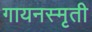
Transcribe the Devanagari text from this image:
गायनस्मृती